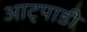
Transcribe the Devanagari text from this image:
आट्पाडी